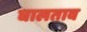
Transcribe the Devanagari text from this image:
घालताव